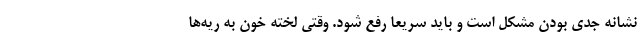
نشانه جدی بودن مشکل است و باید سریعاً رفع شود. وقتی لخته خون به ریه‌ها